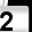
Digit: 2